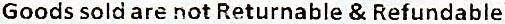
GOODS SOLD ARE NOT RETURNABLE & REFUNDABLE